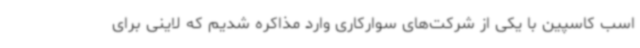
اسب کاسپین با یکی از شرکت‌های سوارکاری وارد مذاکره شدیم که لاینی برای